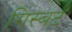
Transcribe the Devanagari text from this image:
गिस्बर्ट